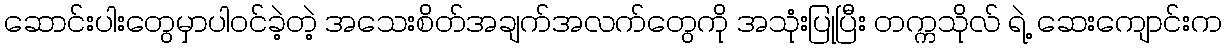
ဆောင်းပါးတွေမှာပါဝင်ခဲ့တဲ့ အသေးစိတ်အချက်အလက်တွေကို အသုံးပြုပြီး တက္ကသိုလ် ရဲ့ ဆေးကျောင်းက